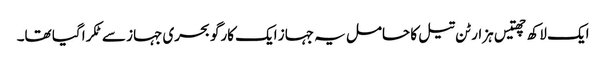
ایک لاکھ چھتیس ہزار ٹن تیل کا حامل یہ جہاز ایک کارگو بحری جہاز سے ٹکرا گیا تھا۔